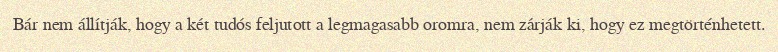
Bár nem állítják, hogy a két tudós feljutott a legmagasabb oromra, nem zárják ki, hogy ez megtörténhetett.